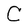
Character: C